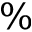
\%